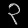
Digit: ၃